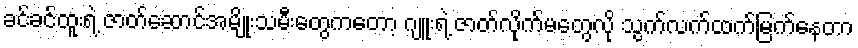
ခင်ခင်ထူးရဲ့ ဇာတ်ဆောင်အမျိုးသမီးတွေကတော့ ဂျူးရဲ့ ဇာတ်လိုက်မတွေလို သွက်လက်ထက်မြက်နေတာ